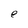
Character: e